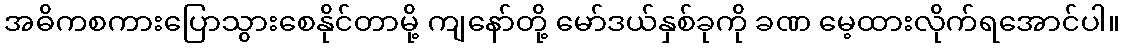
အဓိကစကားပြောသွားစေနိုင်တာမို့ ကျနော်တို့ မော်ဒယ်နှစ်ခုကို ခဏ မေ့ထားလိုက်ရအောင်ပါ။